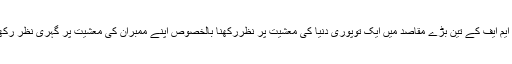
آئی ایم ایف کے تین بڑے مقاصد میں ایک توپوری دنیا کی معشیت پر نظررکھنا بالخصوص اپنے ممبران کی معشیت پر گہری نظر رکھنا ۔